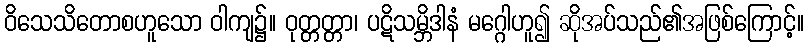
ဝိသေသိတောစဟူသော ဝါကျ၌။ ဝုတ္တတ္တာ၊ ပဋိသမ္ဘိဒါနံ မဂ္ဂေါဟူ၍ ဆိုအပ်သည်၏အဖြစ်ကြောင့်။